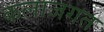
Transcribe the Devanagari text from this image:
कलाजगत